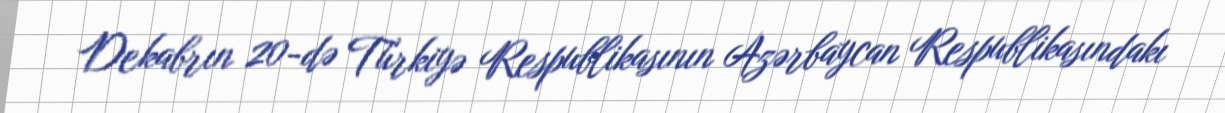
Dekabrın 20-də Türkiyə Respublikasının Azərbaycan Respublikasındakı